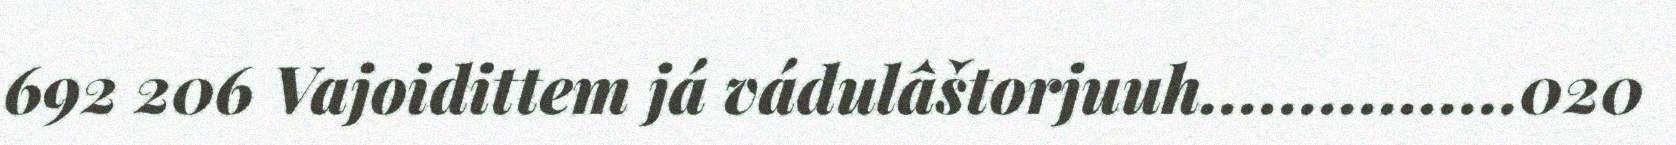
692 206 Vajoidittem já vádulâštorjuuh................020